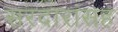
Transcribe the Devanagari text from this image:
सरदारांसह